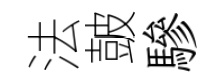
法皷驂